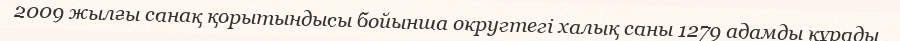
2009 жылғы санақ қорытындысы бойынша округтегі халық саны 1279 адамды құрады.